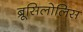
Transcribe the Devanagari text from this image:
ब्रूसिलोलिस